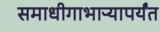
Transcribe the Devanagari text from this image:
समाधीगाभाऱ्यापर्यंत